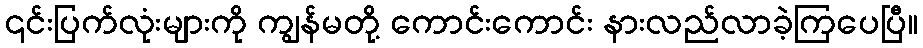
၎င်းပြက်လုံးများကို ကျွန်မတို့ ကောင်းကောင်း နားလည်လာခဲ့ကြပေပြီ။